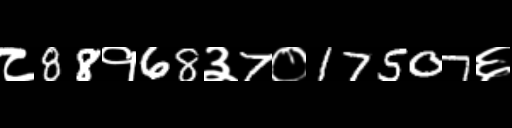
Text: ८88१68३7०17507६